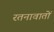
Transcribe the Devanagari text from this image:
रतनावातों